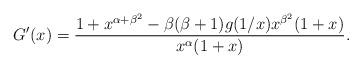
LaTeX: \begin{align*} G'(x) = \frac{1 + x^{\alpha + \beta^2} - \beta(\beta +1) g(1/x) x^{\beta^2}(1+x)}{x^{\alpha}(1+x)}.\end{align*}